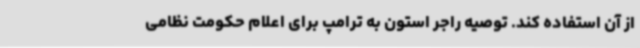
از آن استفاده کند. توصیه راجر استون به ترامپ برای اعلام حکومت نظامی